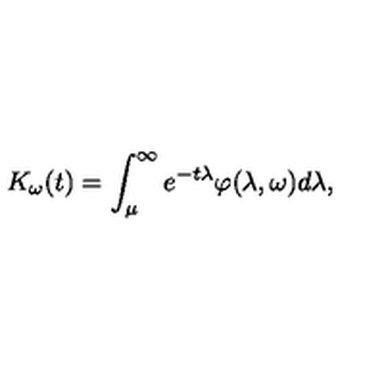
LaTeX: K _ { \omega } ( t ) = \int _ { \mu } ^ { \infty } e ^ { - t \lambda } \varphi ( \lambda , \omega ) d \lambda ,